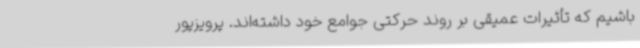
باشیم که تأثیرات عمیقی بر روند حرکتی جوامع خود داشته‌اند. پرویزپور